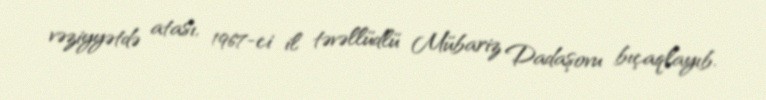
vəziyyətdə atası, 1967-ci il təvəllüdlü Mübariz Dadaşovu bıçaqlayıb.